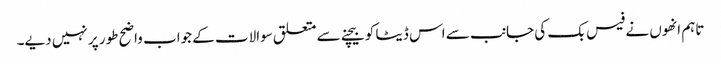
تاہم انھوں نے فیس بک کی جانب سے اس ڈیٹا کو بیچنے سے متعلق سوالات کے جواب واضح طور پر نہیں دیے۔